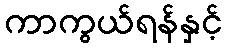
ကာကွယ်ရန်နှင့်